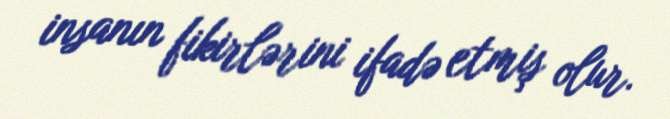
insanın fikirlərini ifadə etmiş olur.